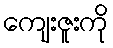
ကျေးဇူးကို